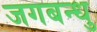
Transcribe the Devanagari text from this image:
जगबन्धु